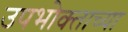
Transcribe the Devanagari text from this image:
उपभोक्ताच्या